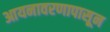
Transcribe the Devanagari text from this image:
आयनावरणापासून